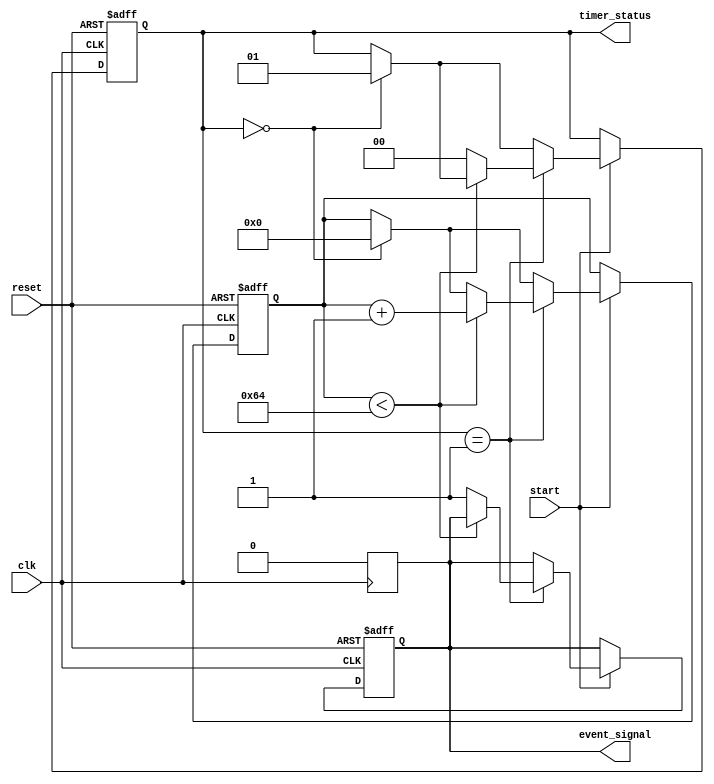
module TimerEventControl #(
    parameter TIME_DURATION = 100 // Time duration for the timer (in simulation time units)
)(
    input wire clk,                // Clock signal
    input wire start,              // Start signal to initiate the timer
    input wire reset,              // Reset signal to reset the timer
    output reg event_signal,       // Event signal indicating the occurrence of the timed event
    output reg [1:0] timer_status   // Timer status: 00 = stopped, 01 = running, 10 = reset
);

    reg [31:0] timer_count;        // Timer count register

    // Timer status encoding
    localparam TIMER_STOPPED = 2'b00;
    localparam TIMER_RUNNING = 2'b01;
    localparam TIMER_RESET = 2'b10;

    // Sequential logic for timer operation
    always @(posedge clk or posedge reset) begin
        if (reset) begin
            timer_count <= 32'd0;     // Reset timer count
            event_signal <= 1'b0;      // De-assert event signal
            timer_status <= TIMER_RESET; // Update timer status to reset
        end else if (start) begin
            if (timer_status == TIMER_STOPPED) begin
                timer_count <= 32'd0;  // Start counting from zero
                timer_status <= TIMER_RUNNING; // Update timer status to running
            end
            
            // Increment timer count if running
            if (timer_status == TIMER_RUNNING) begin
                if (timer_count < TIME_DURATION) begin
                    timer_count <= timer_count + 1; // Increment timer count
                end else begin
                    event_signal <= 1'b1; // Assert event signal when duration is reached
                    timer_status <= TIMER_STOPPED; // Stop the timer
                end
            end
        end
    end

    // De-assert event signal on next clock cycle after it is asserted
    always @(posedge clk) begin
        if (event_signal) begin
            event_signal <= 1'b0; // De-assert event signal after one clock cycle
        end
    end

endmodule